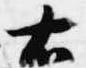
右